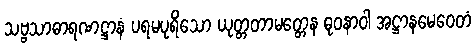
သဗ္ဗသာဓာရဏဋ္ဌာနံ ပရမပုရိသော ယုတ္တတာမတ္တေန ဓုဝနာဝါ အဋ္ဌာနမေဝေတံ